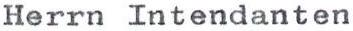
Herrn Intendanten